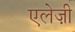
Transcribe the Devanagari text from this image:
एलेज़ी